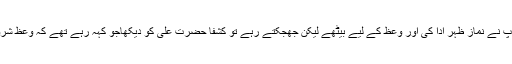
آنکھ کھلنے کے بعد آپ نے نماز ظہر ادا کی اور وعظ کے لیے بیٹھے لیکن جھجکتے رہے تو کشفاً حضرت علیؓ کو دیکھاجو کہہ رہے تھے کہ وعظ شروع کیوں نہیں کرتے۔